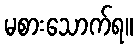
မစားသောက်ရ။